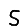
Digit: 5